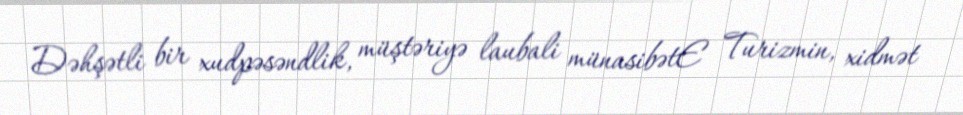
Dəhşətli bir xudpəsəndlik, müştəriyə laubali münasibətE Turizmin, xidmət